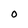
Character: O